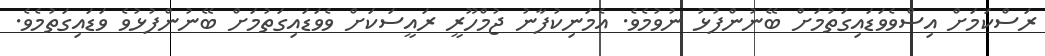
ރަސްކަމަށް އިސްވެވަޑައިގަތުމަށް ބޭނުންފުޅު ނުވުމެވެ. އެމަނިކުފާނު ޖުމްހޫރީ ރައީސަކަށް ވެވަޑައިގަތުމަށް ބޭނުންފުޅުވެ ވަޑައިގަތުމެވެ.